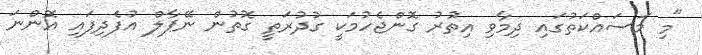
"މި މަސައްކަތުގައި ދިމާވި އިތުރު ގޮންޖެހުމަކީ ގުދުރަތީ ގޮތުން ނޭޕާލް އުފެދިފައި އޮންނަ